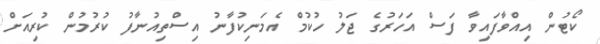
ކޯޓުން އިއްވާފައިވާ ފަސް އަހަރުގެ ޖަލު ހުކުމް އެމަނިކުފާނު އިސްތިއުނާފު ކުރުމުން ކުރިއަށް